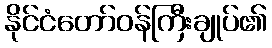
နိုင်ငံတော်ဝန်ကြီးချုပ်၏